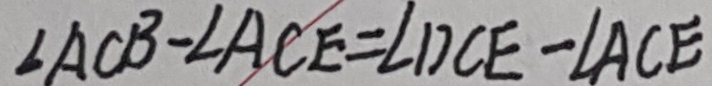
\angle A C B - \angle A C E = \angle D C E - \angle A C E